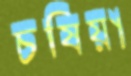
চষিয়া